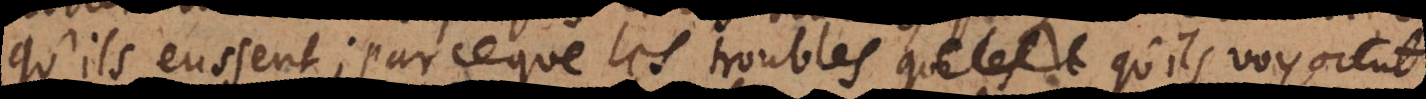
qu’ils eussent; parce que les troubles qu’ils voyoient